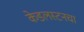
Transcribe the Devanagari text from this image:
केडलस्टनचा